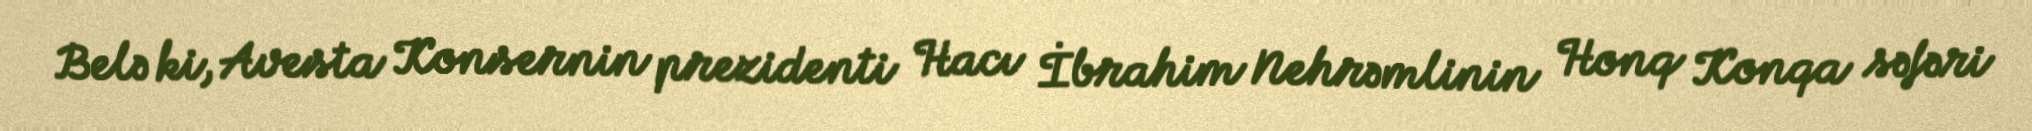
Belə ki, Avesta Konsernin prezidenti Hacı İbrahim Nehrəmlinin Honq Konqa səfəri